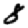
Digit: 8